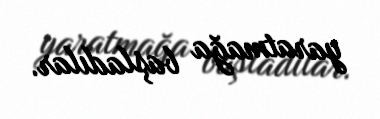
yaratmağa başladılar.